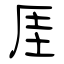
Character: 厓